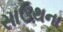
સાઉથના